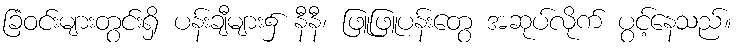
ခြံဝင်းများတွင်းရှိ ပန်းချီများ၌ နီနီ၊ ဖြူဖြူပန်းတွေ အဆုပ်လိုက် ပွင့်နေသည်။